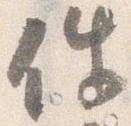
件